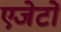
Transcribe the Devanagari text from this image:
एजेटों